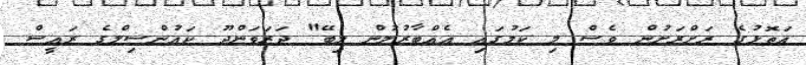
އަތޮޅުގެ ރަށްރަށުން ވެސް މި ކަމުގައި އެއްބާރުލުން ލިބޭ" ދަރަވަންދޫ ކައުންސިލްގެ ރައީސް